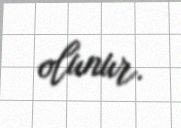
olunur.